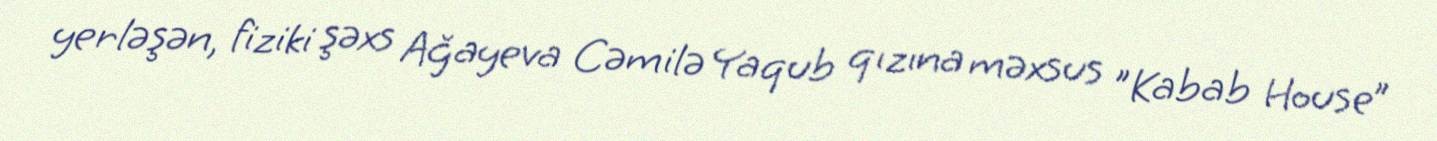
yerləşən, fiziki şəxs Ağayeva Cəmilə Yaqub qızına məxsus "Kabab House”